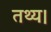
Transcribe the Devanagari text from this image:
तथ्य।